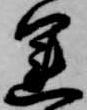
運